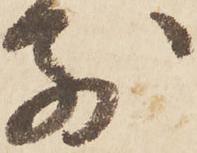
別